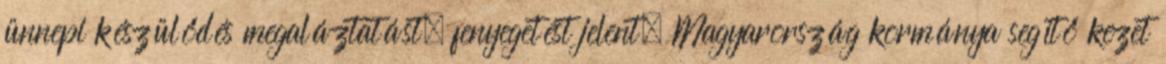
ünnepi készülődés megaláztatást, fenyegetést jelent. Magyarország kormánya segítő kezet